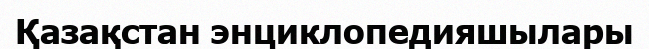
Қазақстан энциклопедияшылары